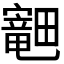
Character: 𪽣